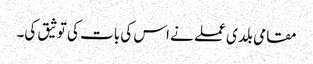
مقامی بلدی عملے نے اس کی بات کی توثیق کی۔